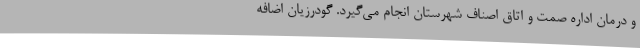
و درمان اداره صمت و اتاق اصناف شهرستان انجام می‌گیرد. گودرزیان اضافه